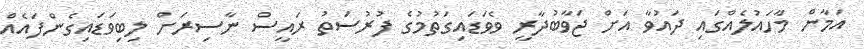
އަމާން މާހައުލެއްގައި ދައުވާ އަށް ޖަވާބުދާރީ ވެވަޑައިގަތުމުގެ ފުރުސަތު ރައީސް ނާސިރަށް ލިބިވަޑައިގެންފައެއް